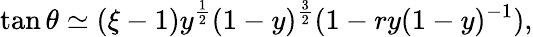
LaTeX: \tan\theta\simeq(\xi-1)y^{\frac{1}{2}}(1-y)^{\frac{3}{2}}(1-ry(1-y)^{-1}),